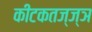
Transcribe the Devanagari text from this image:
कीटकतज्ज्ञ